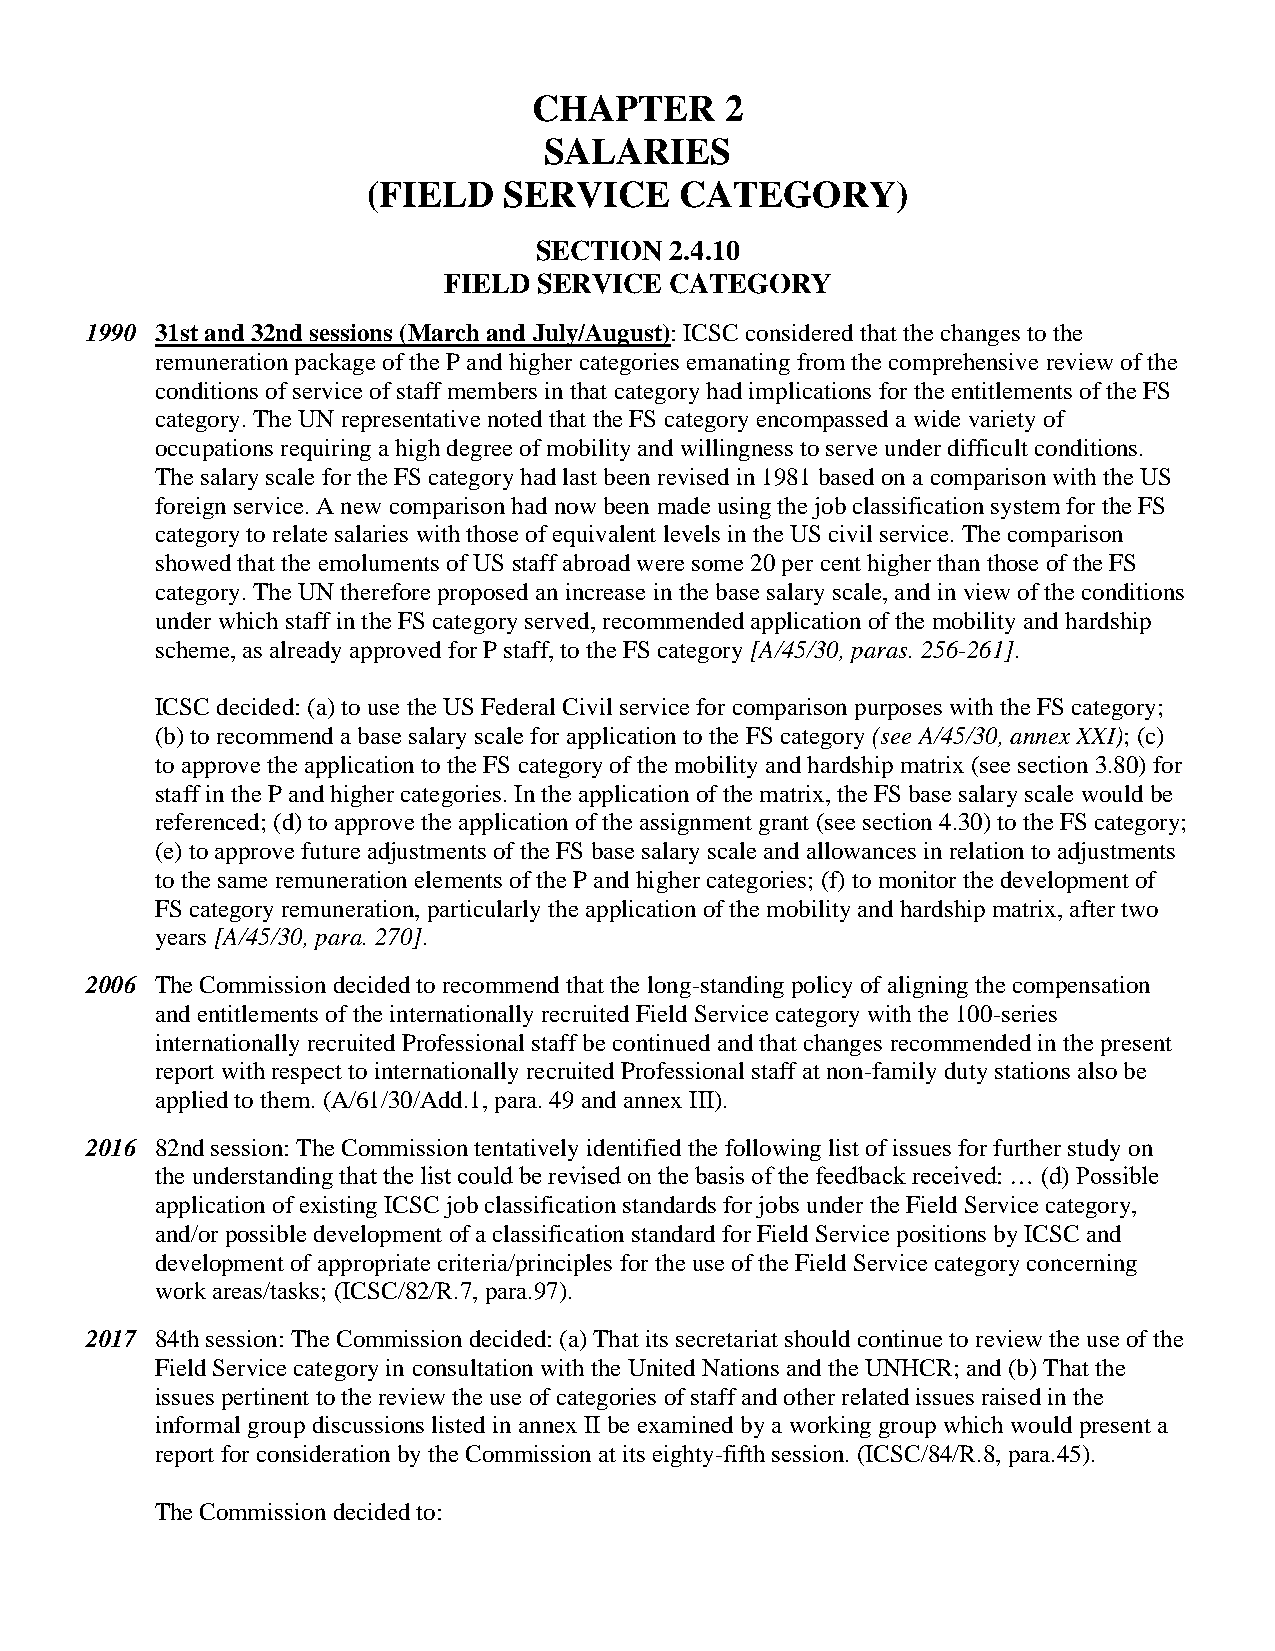
CHAPTER      2
 SALARIES
 (FIELD   SERVICE     CATEGORY)
 SECTION  2.4.10
 FIELD  SERVICE CATEGORY
 1990 31st and 32nd sessions (March and July/August): ICSC considered that the changes to the
 remuneration package of the P and higher categories emanating from the comprehensive review of the
 conditions of service of staff members in that category had implications for the entitlements of the FS
 category. The UN representative noted that the FS category encompassed a wide variety of
 occupations requiring a high degree of mobility and willingness to serve under difficult conditions.
 The salary scale for the FS category had last been revised in 1981 based on a comparison with the US
 foreign service. A new comparison had now been made using the job classification system for the FS
 category to relate salaries with those of equivalent levels in the US civil service. The comparison
 showed that the emoluments of US staff abroad were some 20 per cent higher than those of the FS
 category. The UN therefore proposed an increase in the base salary scale, and in view of the conditions
 under which staff in the FS category served, recommended application of the mobility and hardship
 scheme, as already approved for P staff, to the FS category [A/45/30, paras. 256-261].
 ICSC decided: (a) to use the US Federal Civil service for comparison purposes with the FS category;
 (b) to recommend a base salary scale for application to the FS category (see A/45/30, annex XXI); (c)
 to approve the application to the FS category of the mobility and hardship matrix (see section 3.80) for
 staff in the P and higher categories. In the application of the matrix, the FS base salary scale would be
 referenced; (d) to approve the application of the assignment grant (see section 4.30) to the FS category;
 (e) to approve future adjustments of the FS base salary scale and allowances in relation to adjustments
 to the same remuneration elements of the P and higher categories; (f) to monitor the development of
 FS category remuneration, particularly the application of the mobility and hardship matrix, after two
 years [A/45/30, para. 270].
 2006 The Commission decided to recommend that the long-standing policy of aligning the compensation
 and entitlements of the internationally recruited Field Service category with the 100-series
 internationally recruited Professional staff be continued and that changes recommended in the present
 report with respect to internationally recruited Professional staff at non-family duty stations also be
 applied to them. (A/61/30/Add.1, para. 49 and annex III).
 2016 82nd session: The Commission tentatively identified the following list of issues for further study on
 the understanding that the list could be revised on the basis of the feedback received: … (d) Possible
 application of existing ICSC job classification standards for jobs under the Field Service category,
 and/or possible development of a classification standard for Field Service positions by ICSC and
 development of appropriate criteria/principles for the use of the Field Service category concerning
 work areas/tasks; (ICSC/82/R.7, para.97).
 2017 84th session: The Commission decided: (a) That its secretariat should continue to review the use of the
 Field Service category in consultation with the United Nations and the UNHCR; and (b) That the
 issues pertinent to the review the use of categories of staff and other related issues raised in the
 informal group discussions listed in annex II be examined by a working group which would present a
 report for consideration by the Commission at its eighty-fifth session. (ICSC/84/R.8, para.45).
 The Commission decided to: